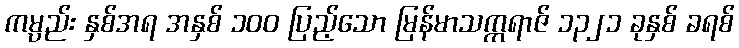
ကမ္ပည်း နှစ်အရ အနှစ် ၁၀၀ ပြည့်သော မြန်မာသက္ကရာဇ် ၁၃၂၁ ခုနှစ် ခရစ်